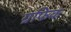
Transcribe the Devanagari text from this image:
ग्रफिक